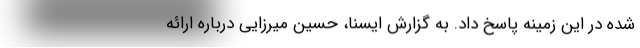
شده در این زمینه پاسخ داد. به گزارش ایسنا، حسین میرزایی درباره ارائه